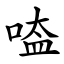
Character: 㗐